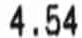
4.54